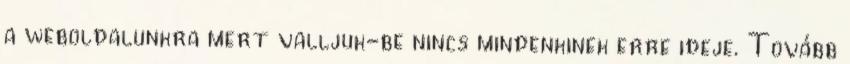
a weboldalunkra mert valljuk-be nincs mindenkinek erre ideje. Tovább